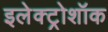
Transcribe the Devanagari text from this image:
इलेक्ट्रोशॉक